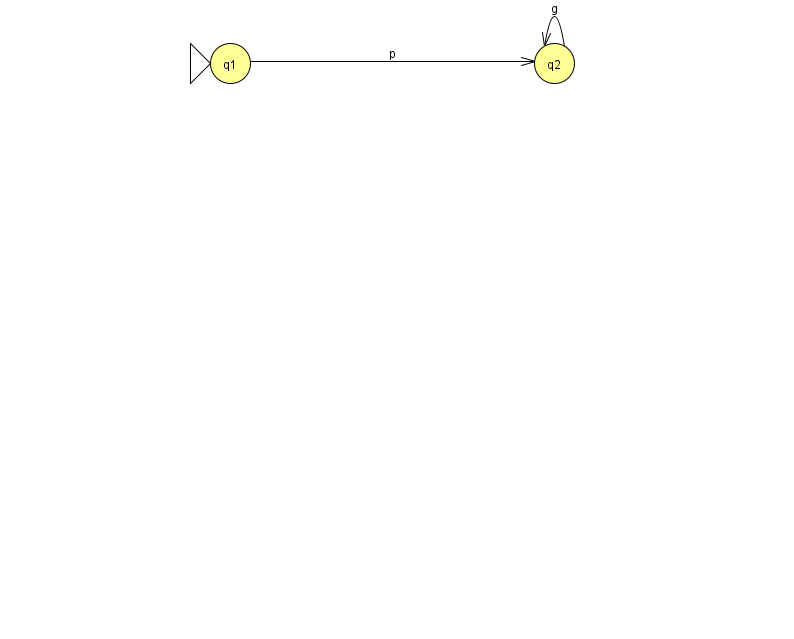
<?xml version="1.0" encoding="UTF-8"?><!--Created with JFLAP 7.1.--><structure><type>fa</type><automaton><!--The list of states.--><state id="1" name="q1"><x>230.0</x><y>50.0</y><initial/></state><state id="2" name="q2"><x>554.0</x><y>50.0</y></state><!--The list of transitions.--><transition><from>1</from><to>2</to><read>p</read></transition><transition><from>2</from><to>2</to><read>g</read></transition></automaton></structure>